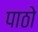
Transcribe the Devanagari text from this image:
पाठो